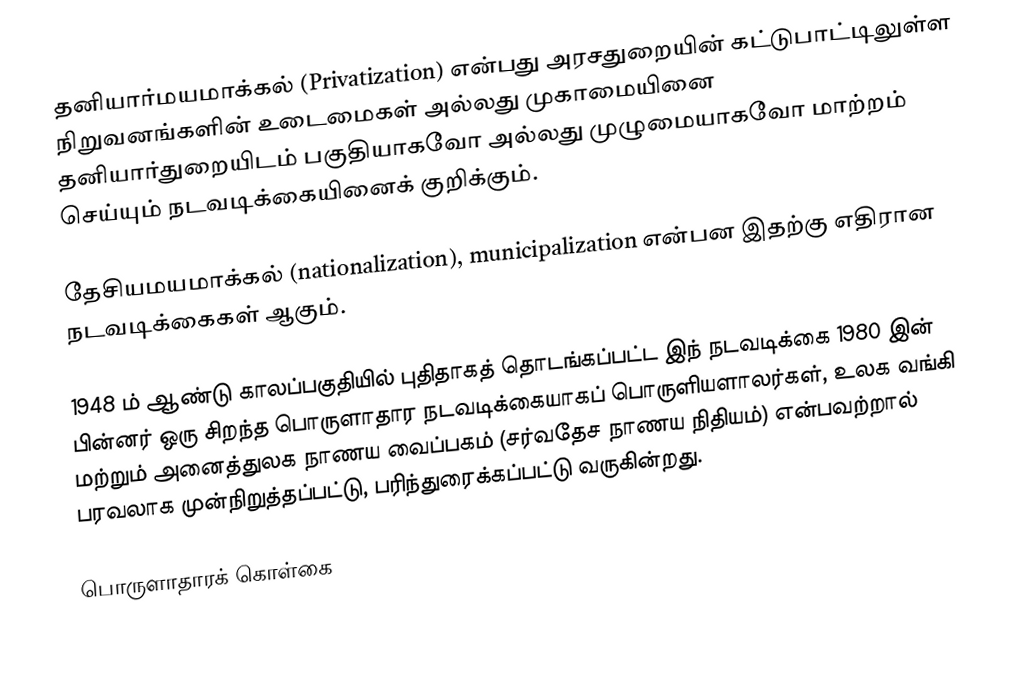
தனியார்மயமாக்கல் (Privatization) என்பது அரசதுறையின் கட்டுபாட்டிலுள்ள நிறுவனங்களின் உடைமைகள் அல்லது முகாமையினை தனியார்துறையிடம் பகுதியாகவோ அல்லது முழுமையாகவோ மாற்றம் செய்யும் நடவடிக்கையினைக் குறிக்கும்.

தேசியமயமாக்கல் (nationalization), municipalization என்பன இதற்கு எதிரான நடவடிக்கைகள் ஆகும்.

1948 ம் ஆண்டு காலப்பகுதியில் புதிதாகத் தொடங்கப்பட்ட இந் நடவடிக்கை 1980 இன் பின்னர் ஒரு சிறந்த பொருளாதார நடவடிக்கையாகப் பொருளியளாலர்கள், உலக வங்கி மற்றும் அனைத்துலக நாணய வைப்பகம் (சர்வதேச நாணய நிதியம்) என்பவற்றால் பரவலாக முன்நிறுத்தப்பட்டு, பரிந்துரைக்கப்பட்டு வருகின்றது.

பொருளாதாரக் கொள்கை